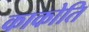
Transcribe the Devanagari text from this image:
काकोति